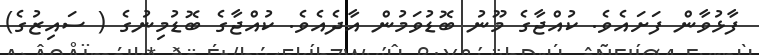
ފާޅުވާން ފަށައެވެ. ކުއްޖާގެ މޫނު ބޮޑުވަމުން އާދެއެވެ. ކުއްޖާގެ ބޮޑުމިނުގެ ( ސައިޒުގެ)